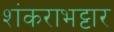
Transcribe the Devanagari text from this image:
शंकराभट्टार